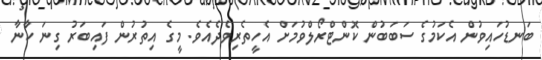
ބަނޑުހައިވުން އެކަމުގެ ސަބަބުން ކޮންޓްރޯލްވުމަށް އެހީތެރިވެދެއެވެ. މީގެ އިތުރުން ފައިބަރު ގިނަ ކާނާ